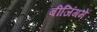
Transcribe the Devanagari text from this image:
बीजिंगमें